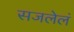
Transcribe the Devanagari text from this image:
सजलेलं